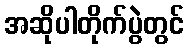
အဆိုပါတိုက်ပွဲတွင်